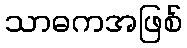
သာဓကအဖြစ်